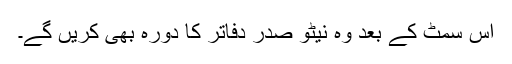
اس سمٹ کے بعد وہ نیٹو صدر دفاتر کا دورہ بھی کریں گے۔